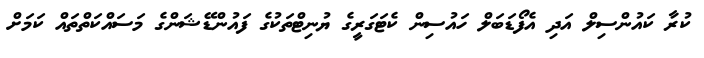
ކުރާ ކައުންސިލް އަދި އެފޯޑަބަލް ހައުސިން ކެޓަގަރީގެ ޔުނިޓްތަކުގެ ފައުންޑޭޝަންގެ މަސައްކަތްތައް ކަމަށް